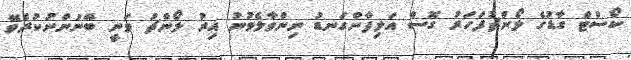
ކޯސްޓް ގާޑުގެ ލޯންޗުފަހަރު ގޮސް އަލިފާންގަނޑު ނިންވާލެވުނު އިރު ލޯންޗު ވަނީ ބޭނުންނުކުރެވޭ